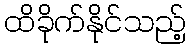
ထိခိုက်နိုင်သည့်